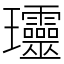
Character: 𤫩